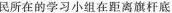
民所在的学习小组在距离旗杆底